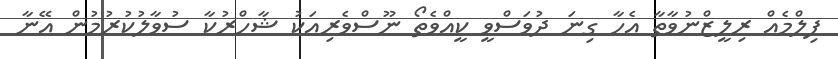
ފިލްމެއް ރިލީޒްނުވާތާ އެހާ ގިނަ ދުވަސްވީ ކީއްވެތޯ ނޫސްވެރިއަކު ޝާހްރުކާ ސުވާލުކުރުމުން އޭނާ